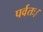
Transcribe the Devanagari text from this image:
पर्वतः।